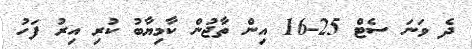
ދެ ވަނަ ސެޓް 25-16 އިން ތާޖުން ކާމިޔާބު ކުރި އިރު ފަހު